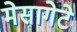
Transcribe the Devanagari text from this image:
मेसागेटे